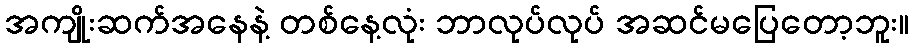
အကျိုးဆက်အနေနဲ့ တစ်နေ့လုံး ဘာလုပ်လုပ် အဆင်မပြေတော့ဘူး။